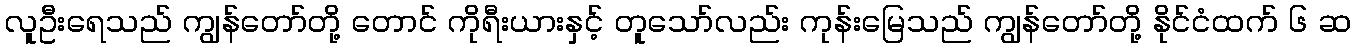
လူဦးရေသည် ကျွန်တော်တို့ တောင် ကိုရီးယားနှင့် တူသော်လည်း ကုန်းမြေသည် ကျွန်တော်တို့ နိုင်ငံထက် ၆ ဆ